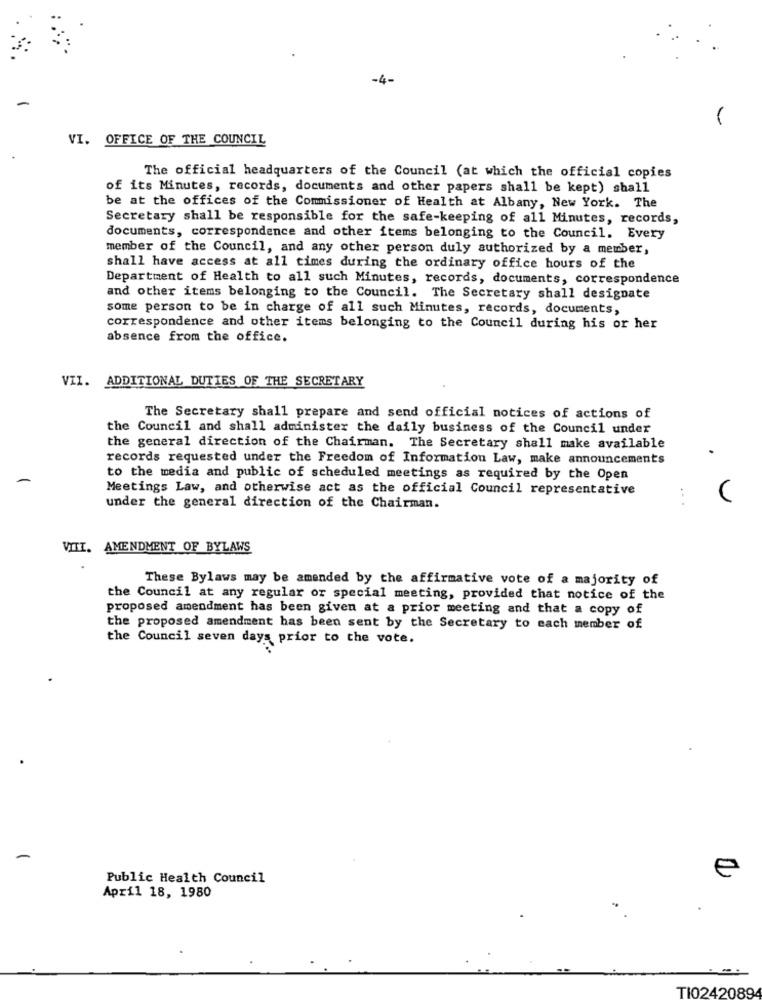
-4-
VI. OFFICE OF THE COUNCIL
The official headquarters of the Council (at which the official copies
of its Minutes, records, documents and other papers shall be kept) shall
be at the offices of the Commissioner of Health at Albany, New York. The
Secretary shall be responsible for the safe-keeping of all Minutes, records,
documents, correspondence and other items belonging to the Council. Every
member of the Council, and any other person duly authorized by a member,
shall have access at all times during the ordinary office hours of the
Department of Health to all such Minutes, records, documents, correspondence
and other items belonging to the Council. The Secretary shall designate
some person to be in charge of all such Minutes, records, documents,
correspondence and other items belonging to the Council during his or her
absence from the office.
VII. ADDITIONAL DUTIES OF THE SECRETARY
The Secretary shall prepare and send official notices of actions of
the Council and shall administer the daily business of the Council under
the general direction of the Chairman. The Secretary shall make available
records requested under the Freedom of Information Law, make announcements
.
to the media and public of scheduled meetings as required by the Open
Meetings Law, and otherwise act as the official Council representative
under the general direction of the Chairman.
VITI. AMENDMENT OF BYLAWS
These Bylaws may be amended by the affirmative vote of a majority of
the Council at any regular or special meeting, provided that notice of the
proposed amendment has been given at a prior meeting and that a copy of
the proposed amendment has been sent by the Secretary to each member of
the Council seven days prior to the vote.
e
Public Health Council
April 18, 1980
TI0242089